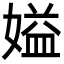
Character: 㜋